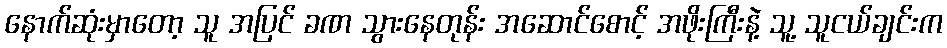
နောက်ဆုံးမှာတော့ သူ အပြင် ခဏ သွားနေတုန်း အဆောင်စောင့် အဖိုးကြီးနဲ့ သူ့ သူငယ်ချင်းက